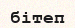
бітеп